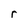
Character: r